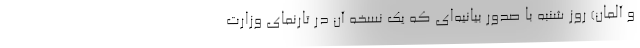
و آلمان) روز شنبه با صدور بیانیه‌ای که یک نسخه آن در تارنمای وزارت